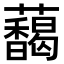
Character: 𬟞